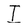
Character: I